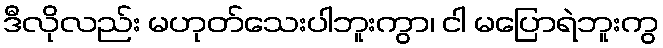
ဒီလိုလည်း မဟုတ်သေးပါဘူးကွာ၊ ငါ မပြောရဲဘူးကွ